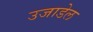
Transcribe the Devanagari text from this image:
उजाडेल